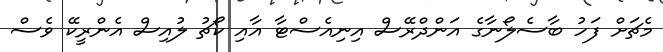
މެޗަށް ފަހު ބާސެލޯނާގެ އަންދްރޭސް އިނިއެސްޓާ އާއި ކޯޗު ލުއިސް އެންރީކޭ ވެސް